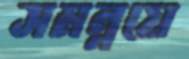
সমন্নয়ে